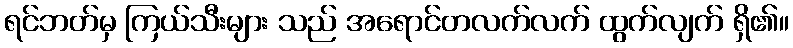
ရင်ဘတ်မှ ကြယ်သီးများ သည် အရောင်တလက်လက် ထွက်လျက် ရှိ၏။